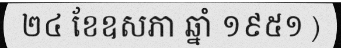
២៤ ខែឧសភា ឆ្នាំ ១៩៥១ )